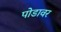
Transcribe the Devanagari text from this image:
पोडावर